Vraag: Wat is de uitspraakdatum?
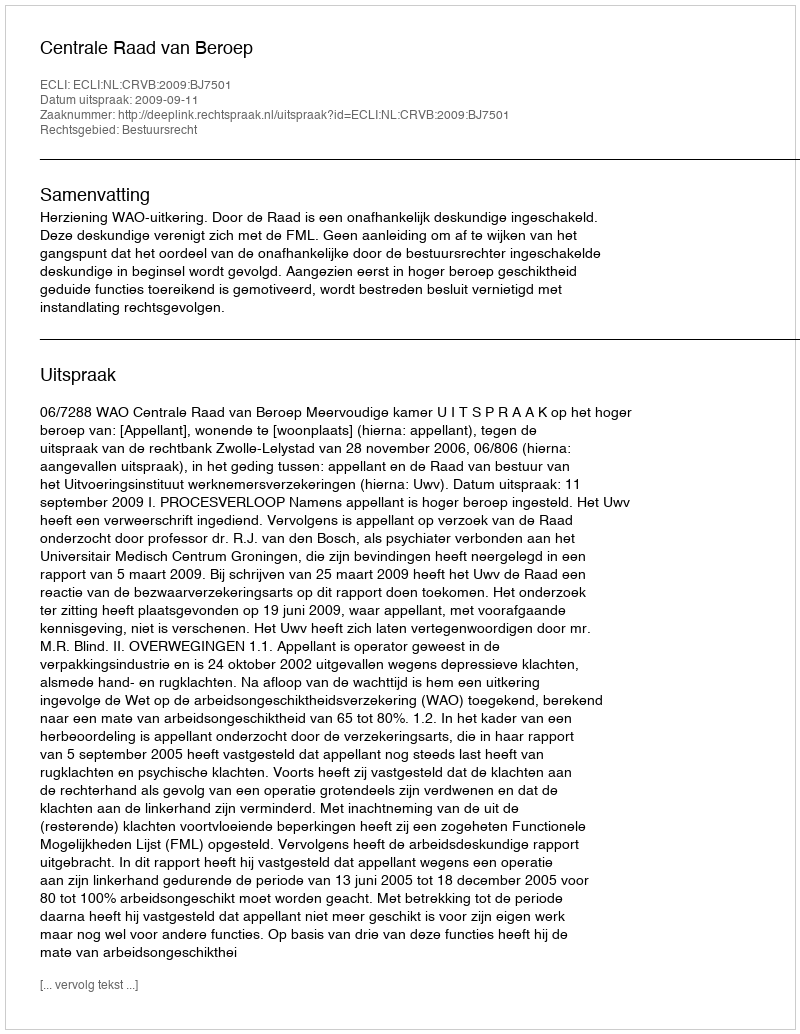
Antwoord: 2009-09-11